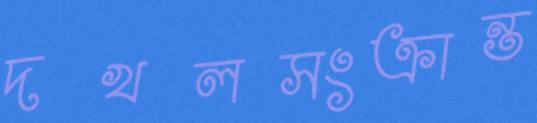
দখলসংক্রান্ত